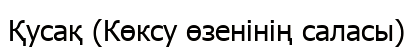
Қусақ (Көксу өзенінің саласы)